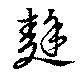
麰